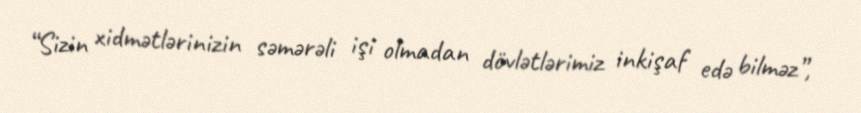
“Sizin xidmətlərinizin səmərəli işi olmadan dövlətlərimiz inkişaf edə bilməz”,